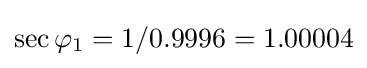
\sec \varphi _{1}=1/0.9996=1.00004